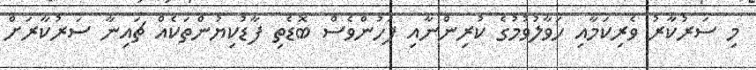
މި ސަރުކާރު ވެރިކަމާއި ހަވާލުވުމުގެ ކުރިންނާއި ފަހުންވެސް ބޮޑެތި ފާޑުކިޔުންތަކެއް ޗައިނާ ސަރުކާރަށް